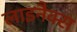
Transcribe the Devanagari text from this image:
लाइनैक्स